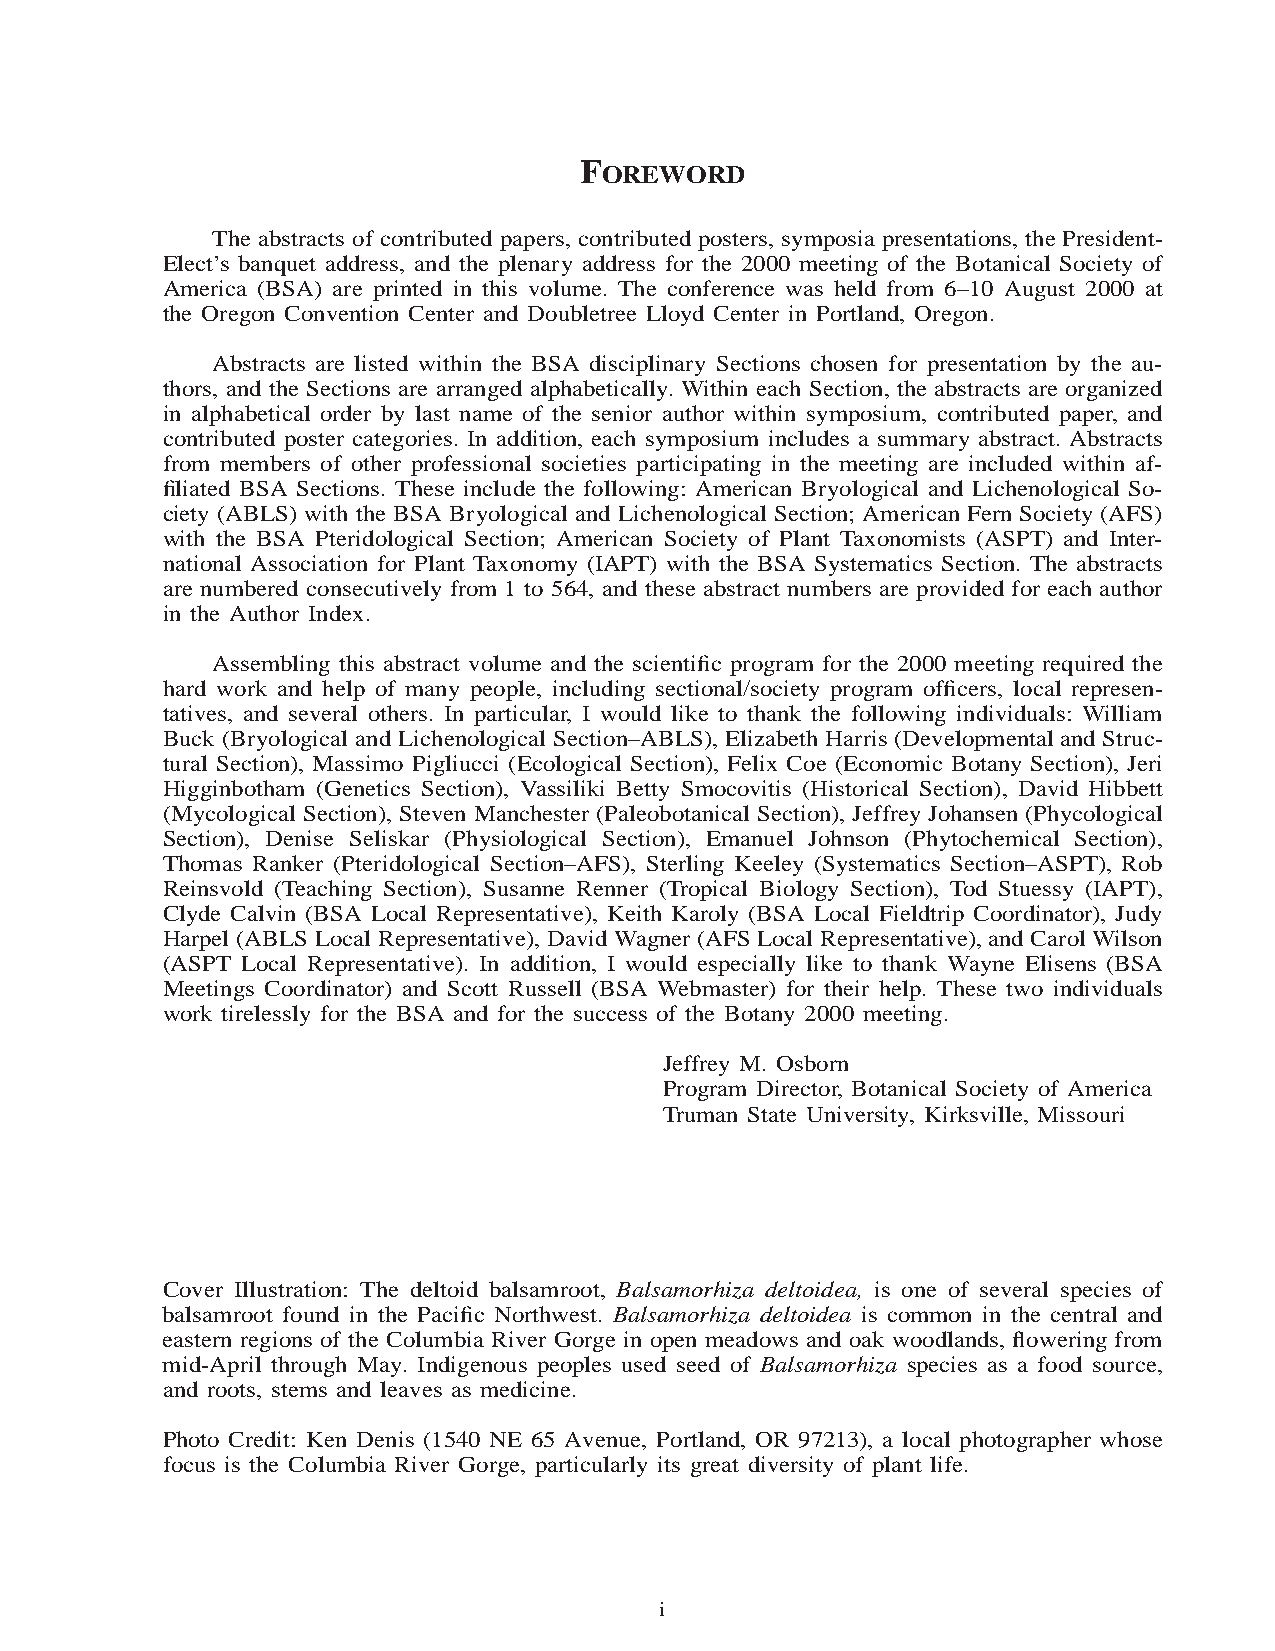
F
 OREWORD
 The abstracts of contributed papers, contributed posters, symposia presentations, the President-
 Elect’s banquet address, and the plenary address for the 2000 meeting of the Botanical Society of
 America (BSA) are printed in this volume. The conference was held from 6–10 August 2000 at
 the Oregon Convention Center and Doubletree Lloyd Center in Portland, Oregon.
 Abstracts are listed within the BSA disciplinary Sections chosen for presentation by the au-
 thors, and the Sections are arranged alphabetically. Within each Section, the abstracts are organized
 in alphabetical order by last name of the senior author within symposium, contributed paper, and
 contributed poster categories. In addition, each symposium includes a summary abstract. Abstracts
 from members of other professional societies participating in the meeting are included within af-
 filiated BSA Sections. These include the following: American Bryological and Lichenological So-
 ciety (ABLS) with the BSA Bryological and Lichenological Section; American Fern Society (AFS)
 with the BSA Pteridological Section; American Society of Plant Taxonomists (ASPT) and Inter-
 national Association for Plant Taxonomy (IAPT) with the BSA Systematics Section. The abstracts
 are numbered consecutively from 1 to 564, and these abstract numbers are provided for each author
 in the Author Index.
 Assembling this abstract volume and the scientific program for the 2000 meeting required the
 hard work and help of many people, including sectional/society program officers, local represen-
 tatives, and several others. In particular, I would like to thank the following individuals: William
 Buck (Bryological and Lichenological Section–ABLS), Elizabeth Harris (Developmentaland Struc-
 tural Section), Massimo Pigliucci (Ecological Section), Felix Coe (Economic Botany Section), Jeri
 Higginbotham (Genetics Section), Vassiliki Betty Smocovitis (Historical Section), David Hibbett
 (Mycological Section), Steven Manchester (Paleobotanical Section), Jeffrey Johansen(Phycological
 Section), Denise Seliskar (Physiological Section), Emanuel Johnson (Phytochemical Section),
 Thomas Ranker (Pteridological Section–AFS), Sterling Keeley (Systematics Section–ASPT), Rob
 Reinsvold (Teaching Section), Susanne Renner (Tropical Biology Section), Tod Stuessy (IAPT),
 Clyde Calvin (BSA Local Representative), Keith Karoly (BSA Local Fieldtrip Coordinator), Judy
 Harpel (ABLS Local Representative), David Wagner (AFS Local Representative),and CarolWilson
 (ASPT Local Representative). In addition, I would especially like to thank Wayne Elisens (BSA
 Meetings Coordinator) and Scott Russell (BSA Webmaster) for their help. These two individuals
 work tirelessly for the BSA and for the success of the Botany 2000 meeting.
 Jeffrey M. Osborn
 Program Director, Botanical Society of America
 Truman State University, Kirksville, Missouri
 Cover Illustration: The deltoid balsamroot, Balsamorhiza deltoidea, is one of several species of
 balsamroot found in the Pacific Northwest. Balsamorhiza deltoidea is common in the central and
 eastern regions of the Columbia River Gorge in open meadows and oak woodlands, flowering from
 mid-April through May. Indigenous peoples used seed of Balsamorhiza species as a food source,
 and roots, stems and leaves as medicine.
 Photo Credit: Ken Denis (1540 NE 65 Avenue, Portland, OR 97213), a local photographer whose
 focus is the Columbia River Gorge, particularly its great diversity of plant life.
 i